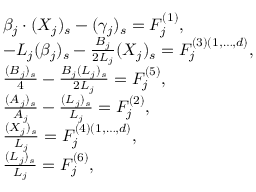
\begin{array} { r l } & { \beta _ { j } \cdot ( X _ { j } ) _ { s } - ( \gamma _ { j } ) _ { s } = F _ { j } ^ { ( 1 ) } , } \\ & { - L _ { j } ( \beta _ { j } ) _ { s } - \frac { B _ { j } } { 2 L _ { j } } ( X _ { j } ) _ { s } = F _ { j } ^ { ( 3 ) ( 1 , \dots , d ) } , } \\ & { \frac { ( B _ { j } ) _ { s } } { 4 } - \frac { B _ { j } ( L _ { j } ) _ { s } } { 2 L _ { j } } = F _ { j } ^ { ( 5 ) } , } \\ & { \frac { ( A _ { j } ) _ { s } } { A _ { j } } - \frac { ( L _ { j } ) _ { s } } { L _ { j } } = F _ { j } ^ { ( 2 ) } , } \\ & { \frac { ( X _ { j } ) _ { s } } { L _ { j } } = F _ { j } ^ { ( 4 ) ( 1 , \dots , d ) } , } \\ & { \frac { ( L _ { j } ) _ { s } } { L _ { j } } = F _ { j } ^ { ( 6 ) } , } \end{array}